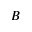
B